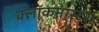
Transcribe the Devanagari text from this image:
क्लाॅकमास्टर्स